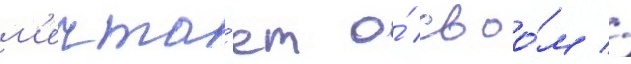
м'ечта́ет о́ своо́м //